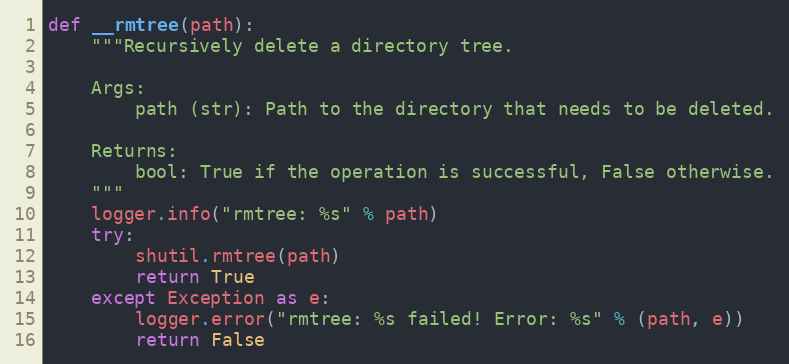
Language: Python
def __rmtree(path):
    """Recursively delete a directory tree.

    Args:
        path (str): Path to the directory that needs to be deleted.

    Returns:
        bool: True if the operation is successful, False otherwise.
    """
    logger.info("rmtree: %s" % path)
    try:
        shutil.rmtree(path)
        return True
    except Exception as e:
        logger.error("rmtree: %s failed! Error: %s" % (path, e))
        return False